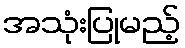
အသုံးပြုမည့်